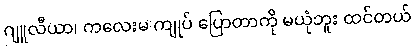
ဂျူလီယာ၊ ကလေးမ ကျုပ် ပြောတာကို မယုံဘူး ထင်တယ်